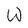
Character: w